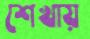
শেখায়